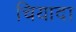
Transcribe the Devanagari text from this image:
चियादा